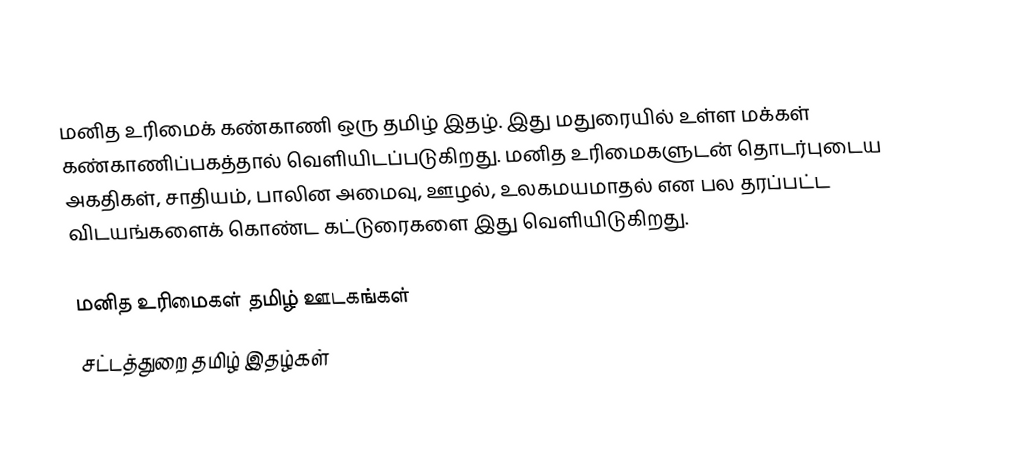
மனித உரிமைக் கண்காணி ஒரு தமிழ் இதழ்.  இது மதுரையில் உள்ள மக்கள் கண்காணிப்பகத்தால் வெளியிடப்படுகிறது.  மனித உரிமைகளுடன் தொடர்புடைய அகதிகள், சாதியம், பாலின அமைவு, ஊழல், உலகமயமாதல் என பல தரப்பட்ட விடயங்களைக் கொண்ட கட்டுரைகளை இது வெளியிடுகிறது.

மனித உரிமைகள் தமிழ் ஊடகங்கள்
சட்டத்துறை தமிழ் இதழ்கள்